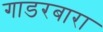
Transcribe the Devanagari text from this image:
गाडरबारा